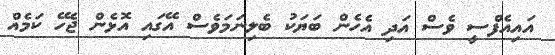
އައިއެފްސީ ވެސް އަދި އެހެން ބަޔަކު ބެލިނަމަވެސް އޭގައި އޮޅެން ޖެހޭ ކަމެއް